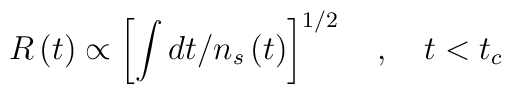
R\left( t\right) \propto \left[ \int dt/n_{s}\left( t\right) \right]^{1/2}\quad ,\quad t<t_{c}